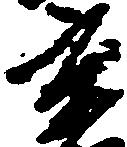
京